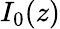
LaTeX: I_{0}(z)